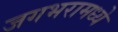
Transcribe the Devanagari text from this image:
जगभरामध्ये